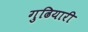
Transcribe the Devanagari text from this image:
गुढियारी